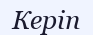
Керіп